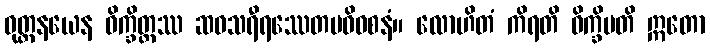
ဝုတ္တနယေန ဝိက္ခိတ္တဿ ဆဝသရီရဿေတမဓိဝစနံ။ လောဟိတံ ကိရတိ ဝိက္ခိပတိ ဣတော